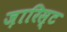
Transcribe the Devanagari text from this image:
ज़ारिस्ट